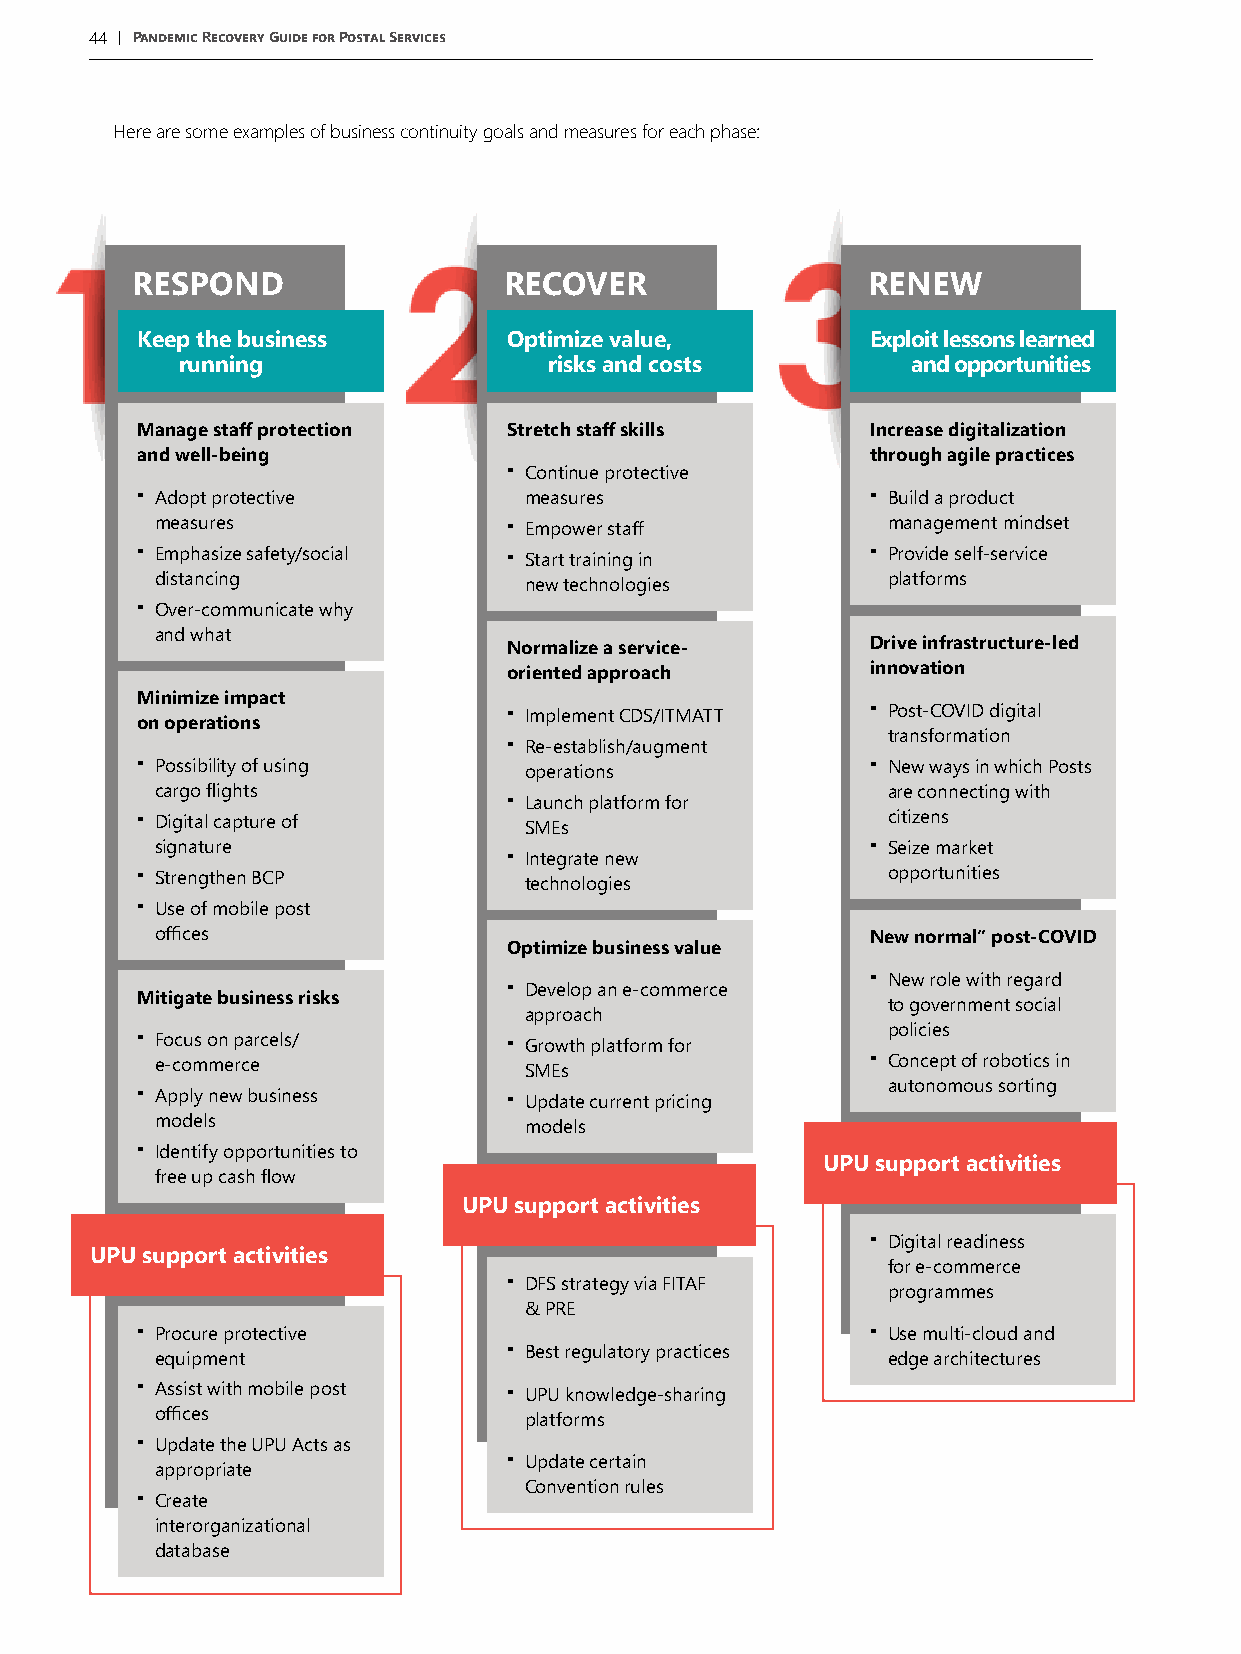
44 | Pandemic Recovery Guide for Postal Services
 Here are some examples of business continuity goals and measures for each phase:
 RESPOND                 RECOVER                 RENEW
 Keep the business        Optimize value,         Exploit lessons learned
 running                 risks and costs         and opportunities
 Manage staff protection  Stretch staff skills    Increase digitalization
 and well-being                                   through agile practices
 
 Continue protective
 
 Adopt protective         measures
 
 Build a product
 measures                 Empower staff          management mindset
  Emphasize safety/social  Start training in     Provide self-service
 distancing               new technologies        platforms
 
 Over-communicate why
 and what
 Normalize a service-    Drive infrastructure-led
 oriented approach       innovation
 Minimize impact           Implement CDS/ITMATT   Post-COVID digital
 on operations
 
 Re-establish/augment
 transformation
 
 Possibility of using     operations
 
 New ways in which Posts
 cargo flights           
 Launch platform for
 are connecting with
  Digital capture of      SMEs                    citizens
 signature               
 Integrate new
 
 Seize market
  Strengthen BCP          technologies            opportunities
 
 Use of mobile post
 offices                                         New normal” post-COVID
 Optimize business value
 
 Develop an e-commerce
 
 New role with regard
 Mitigate business risks
 to government social
 approach
  F eo -cc ou ms o mn
 e
 p rca ercels/       G SMro Ew
 s
 th platform for      p Co ol nic ci ee ps
 t of robotics in
  Apply new business      Update current pricing autonomous sorting
 models                   models
 
 Identify opportunities to
 UPU support activities
 free up cash flow
 UPU support activities
 
 Digital readiness
 UPU support activities
 for e-commerce
 
 DFS strategy via FITAF
 programmes
 & PRE
 
 Procure protective
 
 Use multi-cloud and
 
 Best regulatory practices
 equipment                                        edge architectures
  Assist with mobile post  UPU knowledge-sharing
 offices                  platforms
 
 Update the UPU Acts as
 
 Update certain
 appropriate
 
 Create
 Convention rules
 interorganizational
 database